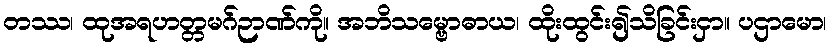
တဿ၊ ထုအရဟတ္တမဂ်ဉာဏ်ကို။ အဘိသမ္ဗောဓာယ၊ ထိုးထွင်း၍သိခြင်းငှာ။ ပဌာမော၊